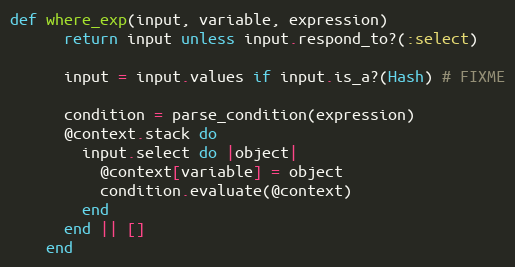
Language: Ruby
def where_exp(input, variable, expression)
      return input unless input.respond_to?(:select)

      input = input.values if input.is_a?(Hash) # FIXME

      condition = parse_condition(expression)
      @context.stack do
        input.select do |object|
          @context[variable] = object
          condition.evaluate(@context)
        end
      end || []
    end